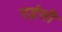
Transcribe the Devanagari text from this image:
एईसी